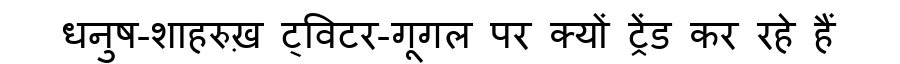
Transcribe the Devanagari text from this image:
धनुष-शाहरुख़ ट्विटर-गूगल पर क्यों ट्रेंड कर रहे हैं